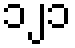
၁၂၁